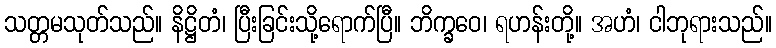
သတ္တမသုတ်သည်။ နိဋ္ဌိတံ၊ ပြီးခြင်းသို့ရောက်ပြီ။ ဘိက္ခဝေ၊ ရဟန်းတို့။ အဟံ၊ ငါဘုရားသည်။